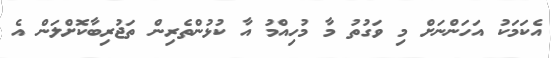
އެކަމަކު އަހަންނަށް މި ވަގުތު މާ މުހިއްމު އާ ކުޅުންތެރިން ތަޖުރިބާކޮށްލަން އެ